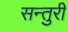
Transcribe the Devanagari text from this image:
सन्तुरी